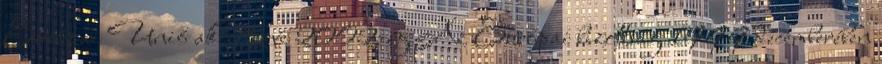
Európai Unió akcióterve 2002-ig Az Európai bizottság 1999 decemberében